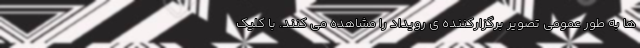
ها به طور عمومی تصویر برگزارکننده ی رویداد را مشاهده می کنند. با کلیک